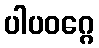
ပါပဝဂ္ဂေ